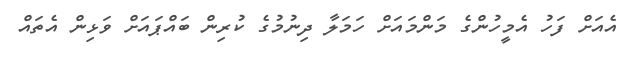
އެއަށް ފަަހު އެމީހުންގެ މަންމައަށް ހަމަލާ ދިނުމުގެ ކުރިން ބައްޕައަށް ވަޅިން އެތައް